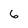
Character: 6